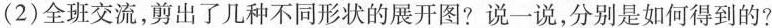
(2)全班交流，剪出了几种不同形状的展开图?说一说，分别是如何得到的?